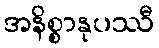
အနိစ္စာနုပဿီ